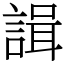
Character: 諿